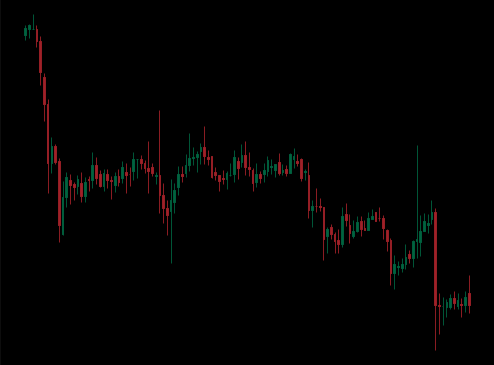
Pattern: unclassified